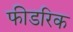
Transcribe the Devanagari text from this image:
फीडरिक